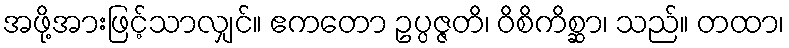
အဖို့အားဖြင့်သာလျှင်။ ဧကတော ဥပ္ပဇ္ဇတိ၊ ဝိစိကိစ္ဆာ၊ သည်။ တထာ၊